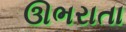
ઊભરાતા